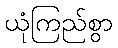
ယုံကြည်စွာ